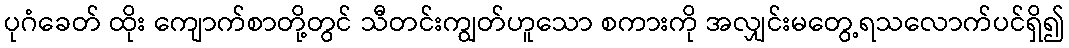
ပုဂံခေတ် ထိုး ကျောက်စာတို့တွင် သီတင်းကျွတ်ဟူသော စကားကို အလျှင်းမတွေ့ရသလောက်ပင်ရှိ၍